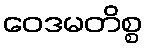
ဝေဒမတိစ္စ